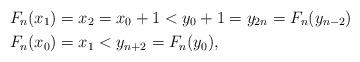
LaTeX: \begin{align*}& F_n(x_1) = x_2 = x_0 + 1 < y_{0} + 1 = y_{2n} = F_n(y_{n-2})\\& F_n(x_0) = x_1 < y_{n+2} = F_n(y_0),\end{align*}